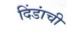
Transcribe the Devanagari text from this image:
दिंडांची